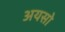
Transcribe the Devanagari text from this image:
अयसो